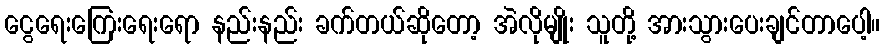
ငွေရေးကြေးရေးရော နည်းနည်း ခက်တယ်ဆိုတော့ အဲလိုမျိုး သူတို့ အားသွားပေးချင်တာပေါ့။